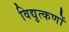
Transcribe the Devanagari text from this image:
विद्युत्कणों